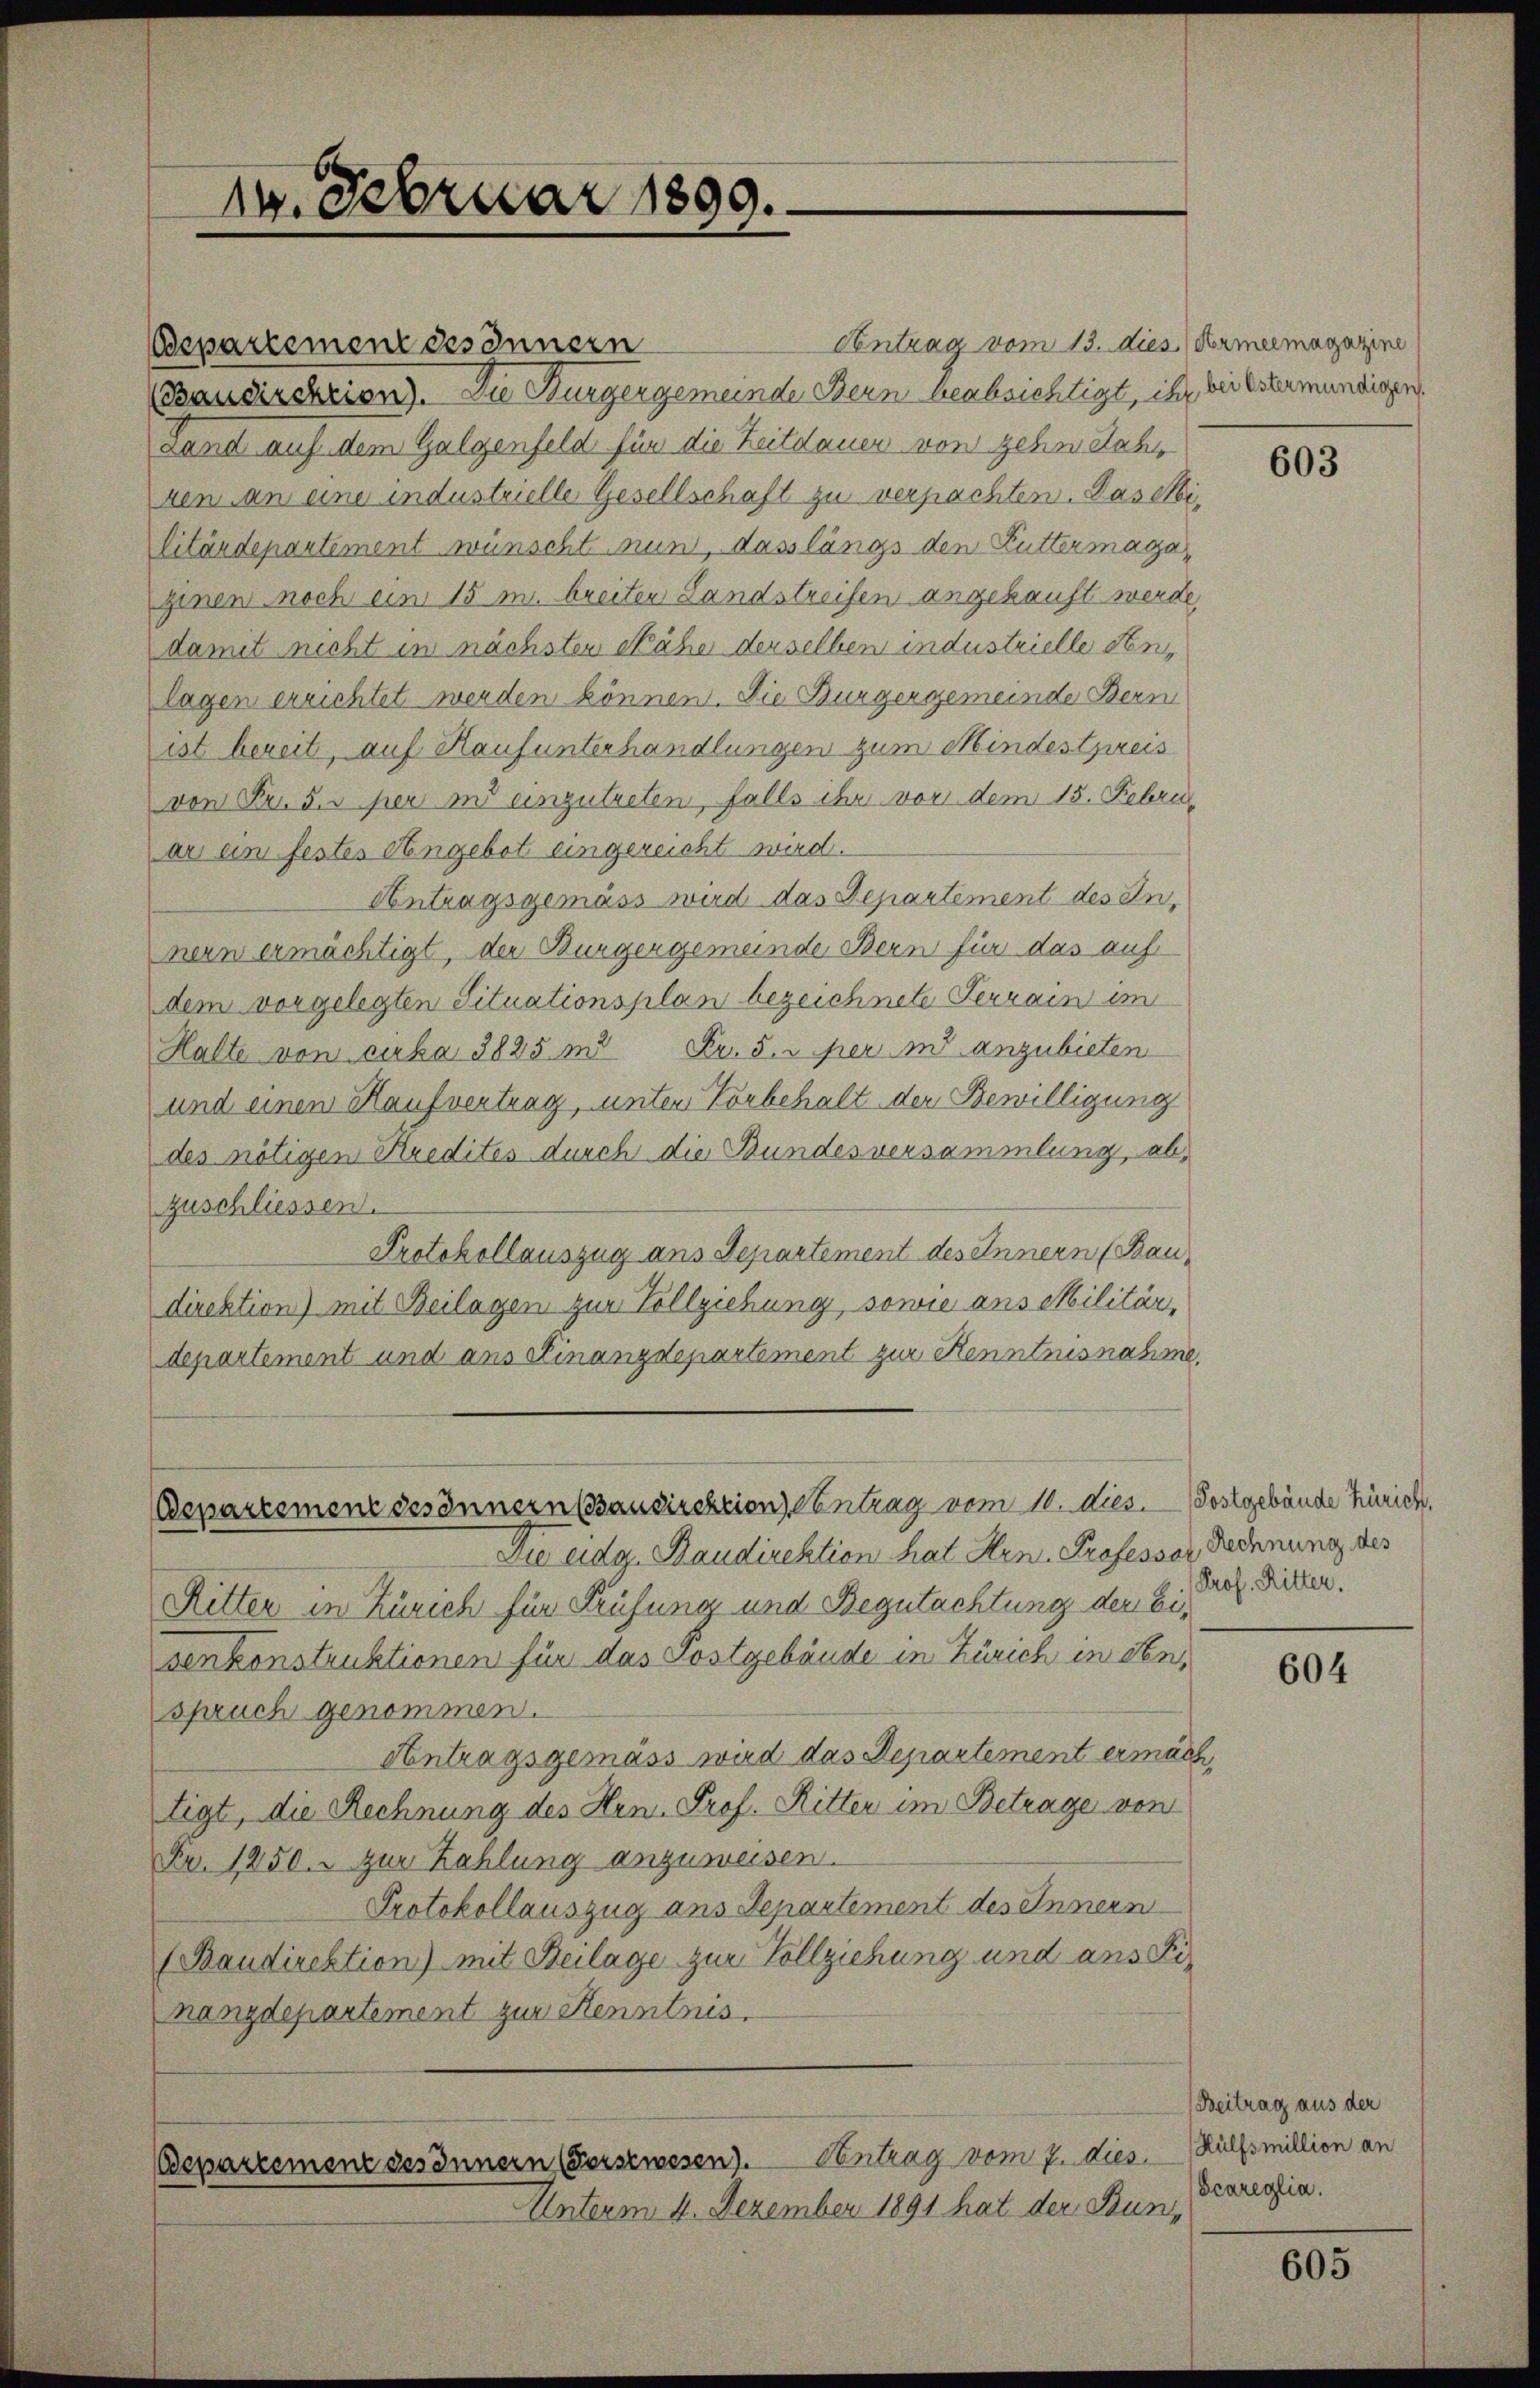
14. Februar 1899.

Bdepartement des Innern

Centrag vom 13. dies dermeemagazine
Baudirektion). Die Burgergemeinde Bern beabsichtigt, ihr bei bester mündigen
Land auf dem Galgenfeld für die Zeitdauer von zehn Jahr
ren an eine industrielle Gesellschaft zu verpachten. Daseilitärdepartement wünscht nun, dass längs den Buttermaga
ginen noch ein 15 m breiten Landstreifen angekauft werde,
damit nicht in nächsten Nähe derselben industrielle Senlagen errichtet werden können. Die Burgergemeinde Bern
ist bereit, auf Hauf unterhandlungen zum Mindestpreis
von Fr. 5. per in einzutreten, falls ihr vor dem 15. Febru
ar ein festes Angebot eingereicht wird.
Antragsgemäss wird das Departement des Innern ermächtigt, der Burgergemeinde Bern für das auf
dem vorgelegten Situationsplan bezeichnete Terrain im
Halte von suba 3825 m Fr. 5. per in anzubieten
und einen Haufvertrag, unter Vorbehalt der Bewilligung
des nötigen Kredites durch die Bundesversammlung, abzuschliessen.
Protokollauszug aus Departement des Innern (Baudirektion) mit Beilagen zur Vollziehung, sowie aus Militär,
departement und ans Finanzdepartement zur Kenntnisnahme,
Departement des Innern Baudirektion Centrag vom 10. dies. — Postgebäude Zürich.
Die eidg. Baudirektion hat Hrn. Professor Rechnung des
Ritter in Zürich für Prüfung und Begutachtung der Eisenkonstruktionen für das Postgebäude in Zürich in denspruch genommen.
Antragsgemäss wird das Departement ermach
tigt, die Rechnung des Hrn. Prof. Ritter im Betrage von
Fr. 1250. zur Zahlung anzuweisen.
Protokollauszug aus Departement des Innern
(Baudirektion) mit Beilage zur Vollziehung und ans Finanzdepartement zur Kenntnis

Bepartement des Innern (Forstwesen). Centrag vom 7. dies. Hülfsmillion an

Unterm 4. Dezember 1891 hat der Bun¬

603

Prof. Ritter.

604

Beitrag aus der
Scareglia.

605